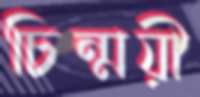
চিন্ময়ী